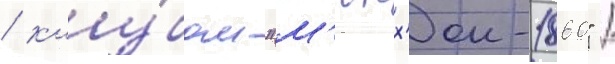
/ клу́бом "м'юнх'ен-1860" /